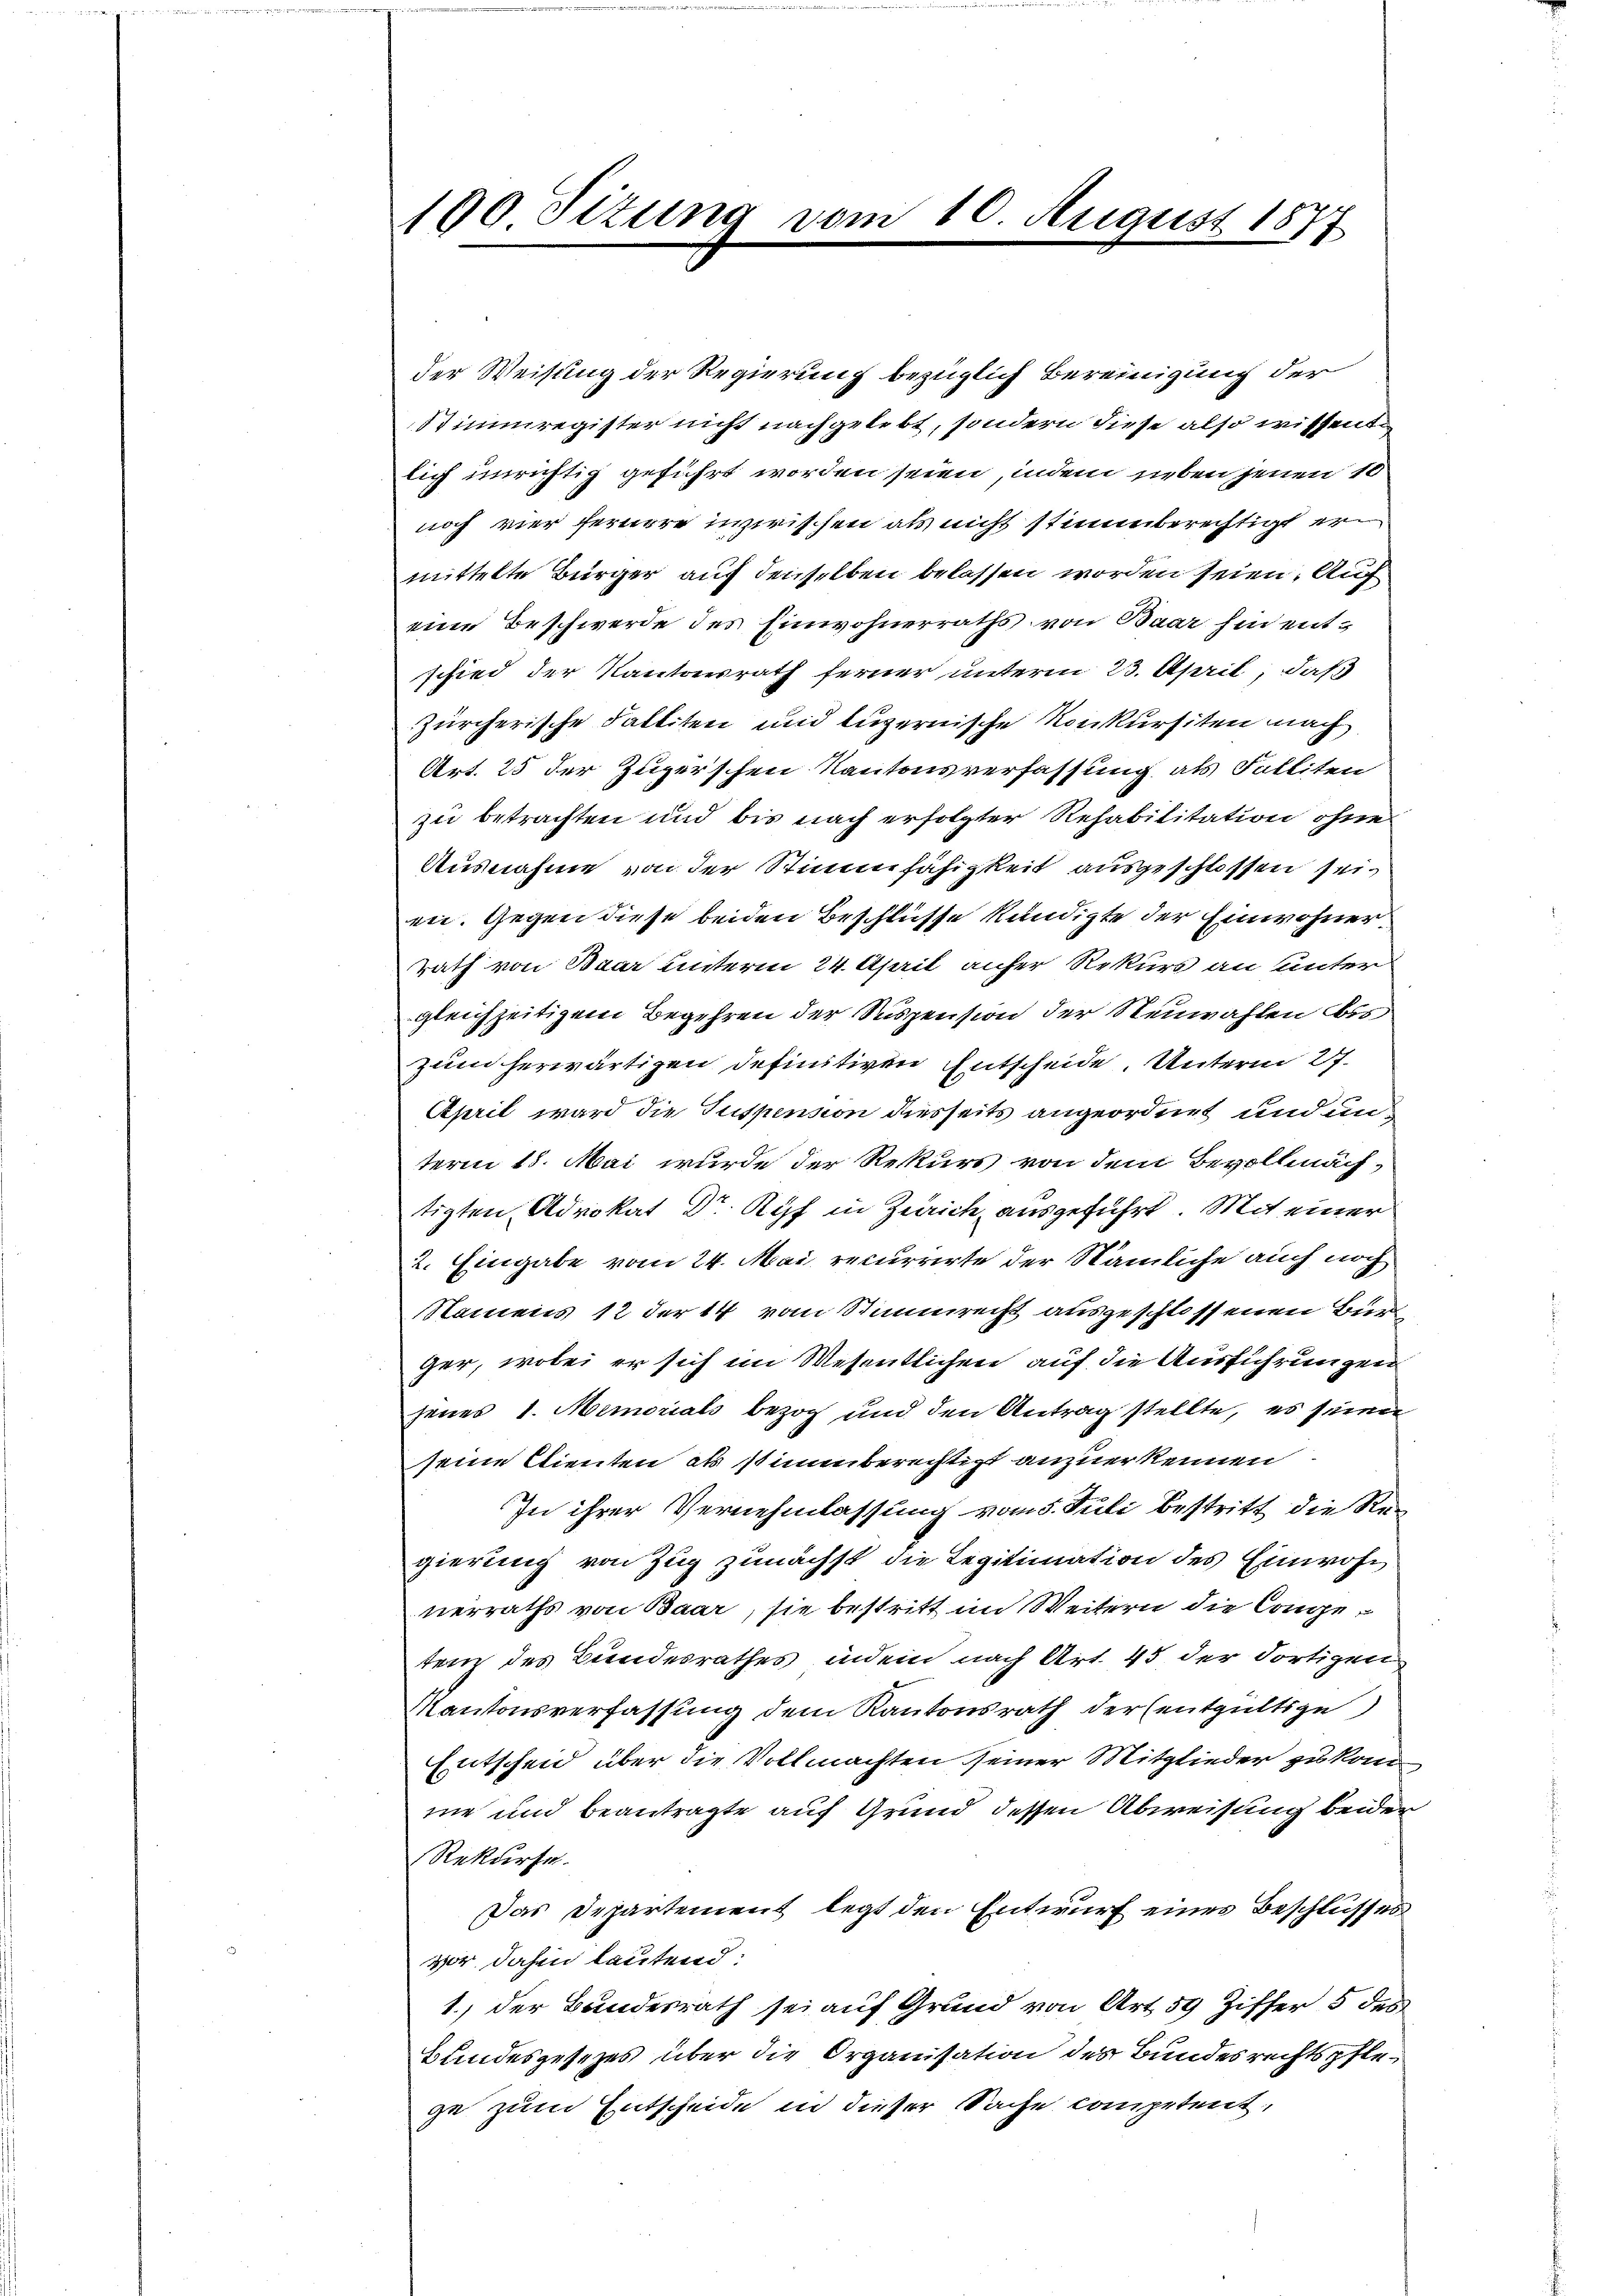
190 Sizung vom 10. August 1877
¬

der Weisung der Regierung bezüglich Bereinigung der
Stimmregister nicht nachgelebt, sondern diese also wissent
lich unrichtig geführt worden seien, indem neben jenen 10
noch vier fernere inzwischen als nicht stimmberechtigt ermittelte Bürger auf denselben belassen worden seien. Auf
eine Beschwerde des Einwohnerraths von Baar hin entschied der Kantonsrath ferner unterm 23. April, daß
zürcherische Falliten und luzernische Konkursiten nach
Art. 25 der Zugerschen Kantonsverfassung als Falliten
zu betrachten und bis nach erfolgter Rehabilitation ohne
Ausnahme von der Stimmfähigkeit ausgeschlossen sein
en. Gegen diese beiden Beschlüsse kündigte der Einwohnerrath von Baar unterm 24. April anher Rekurs an unter
gleichzeitigem Begehren der Suspension der Neuwahlen bes
zum herwärtigen definitiven Entscheide. Unterm 27.
April ward die Suspension diesseits angeordnet und unterm 15. Mai wurde der Rekurs von dem Bevollmach,
tigten Advokat Dr. Ryf in Zeich ausgeführt. Mit einer
2. Eingabe vom 24. Mai, recurrirte der Nämliche auch noch
Namens 12 der 14 vom Stimmrecht ausgeschlossenen Bürger, wobei er sich im Wesentlichen auf die Ausführungen
jener 1. Memorials bezog und den Antrag stellte, es seinen
seine Clienten als stimmberechtigt anzuerkennen
In ihrer Vernehmlassung vom 5. Juli bestritt die Regierung von Zug zunächst die Legitimation des Einwohn
nerraths von Baar, sie bestritt im Weitern die Congetenz des Bundesrathes, indem nach Art. 45 der dortigen
Kantonsverfassung dem Kantonsrath der entgültige
Entscheid über die Vollmachten seiner Mitglieder zu kom
me und beantragte auf Grund dessen Abweisung beider
Rekurse.
Das Departement legt den Entwurf eines Beschlusses
vor dahin lautend:
1.) der Bundesrath sei auf Grund von Art. 59 Ziffer 5 des
Bundesgesetzes über die Organisation des Bundesrechtspflege zum Entscheide in dieser Sache competent